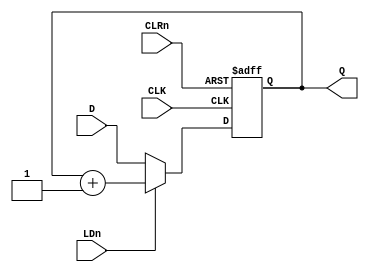
module counter(CLK,Q,LDn,D,CLRn);
	input CLK,LDn,CLRn;
	input [3:0]D;
	output [3:0]Q;
	
	reg [3:0]Q;
	always@(posedge CLK or negedge CLRn)
		if(!CLRn)
			Q <= 0;
		else if(LDn)
			Q <= Q + 1;
		else
			Q <= D;
	
endmodule